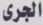
الجرى